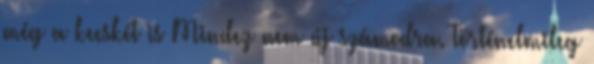
még a kecskét is Mindez nem új számodra. Történelmileg